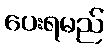
ပေးရမည်